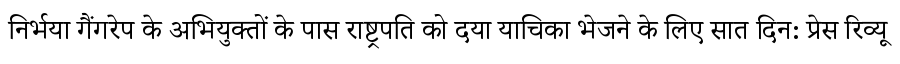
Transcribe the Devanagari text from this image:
निर्भया गैंगरेप के अभियुक्तों के पास राष्ट्रपति को दया याचिका भेजने के लिए सात दिन: प्रेस रिव्यू